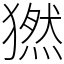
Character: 𤡮